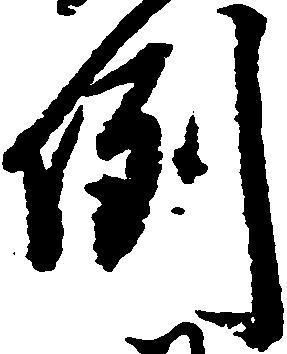
例